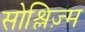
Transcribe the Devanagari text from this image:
सोश्लिज़्म